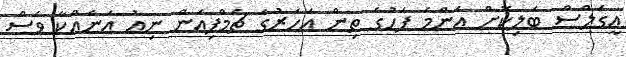
އީގަލްސް ބަލިކޮށް އެންމެ ފަހުގެ ތިން އަހަރުގެ ޗެމްޕިއަން ނިއު އަނެއްކާ ވެސް